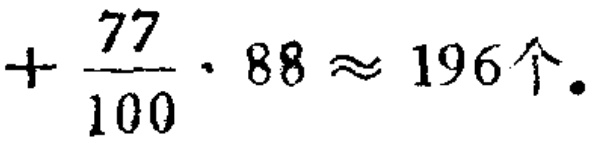
$+\frac{77}{100}\cdot88\approx196个.$